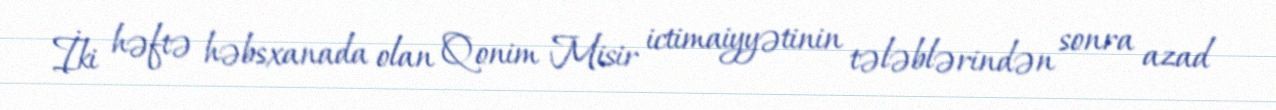
İki həftə həbsxanada olan Qonim Misir ictimaiyyətinin tələblərindən sonra azad